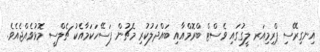
އިނގިރޭސި ޕްރިމިއަރ ލީގުގައި ވެސްޓް ބްރޮމްއާއި ބައްދަލުކުރި މެޗުން ފަސޭހަކަމާއެކު ޗެލްސީ މޮޅުވެއްޖެއެވެ.